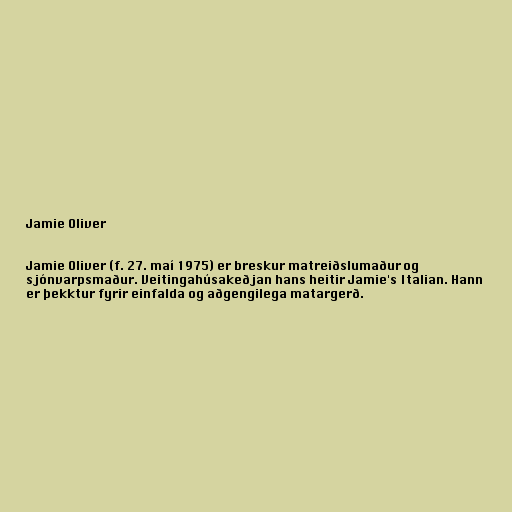
Jamie Oliver

Jamie Oliver (f. 27. maí 1975) er breskur matreiðslumaður og
sjónvarpsmaður. Veitingahúsakeðjan hans heitir Jamie's Italian. Hann
er þekktur fyrir einfalda og aðgengilega matargerð.